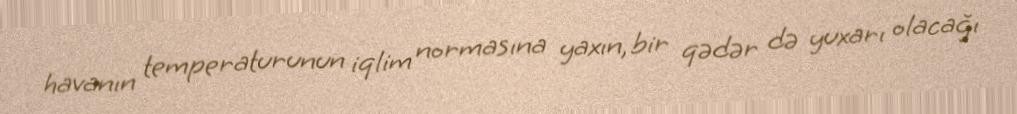
havanın temperaturunun iqlim normasına yaxın, bir qədər də yuxarı olacağı